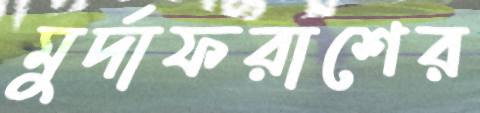
মুর্দাফরাশের